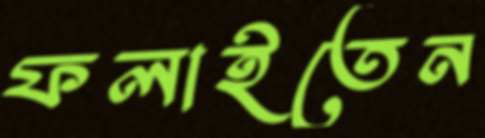
ফলাইতেন